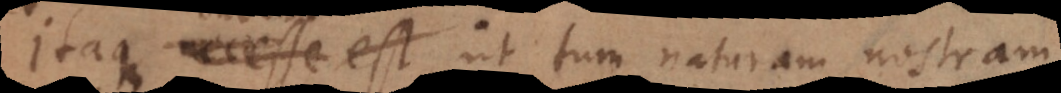
Itaque necesse est, ut tum naturam nostram